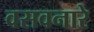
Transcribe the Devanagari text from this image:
वसवनारे